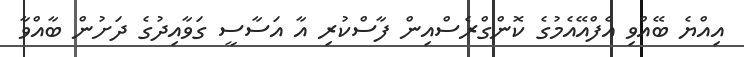
އިއްޔެ ބޭއްވި އެފްއޭއެމުގެ ކޮންގްރެސްއިން ފާސްކުރި އާ އަސާސީ ގަވާއިދުގެ ދަށުން ބާއްވާ